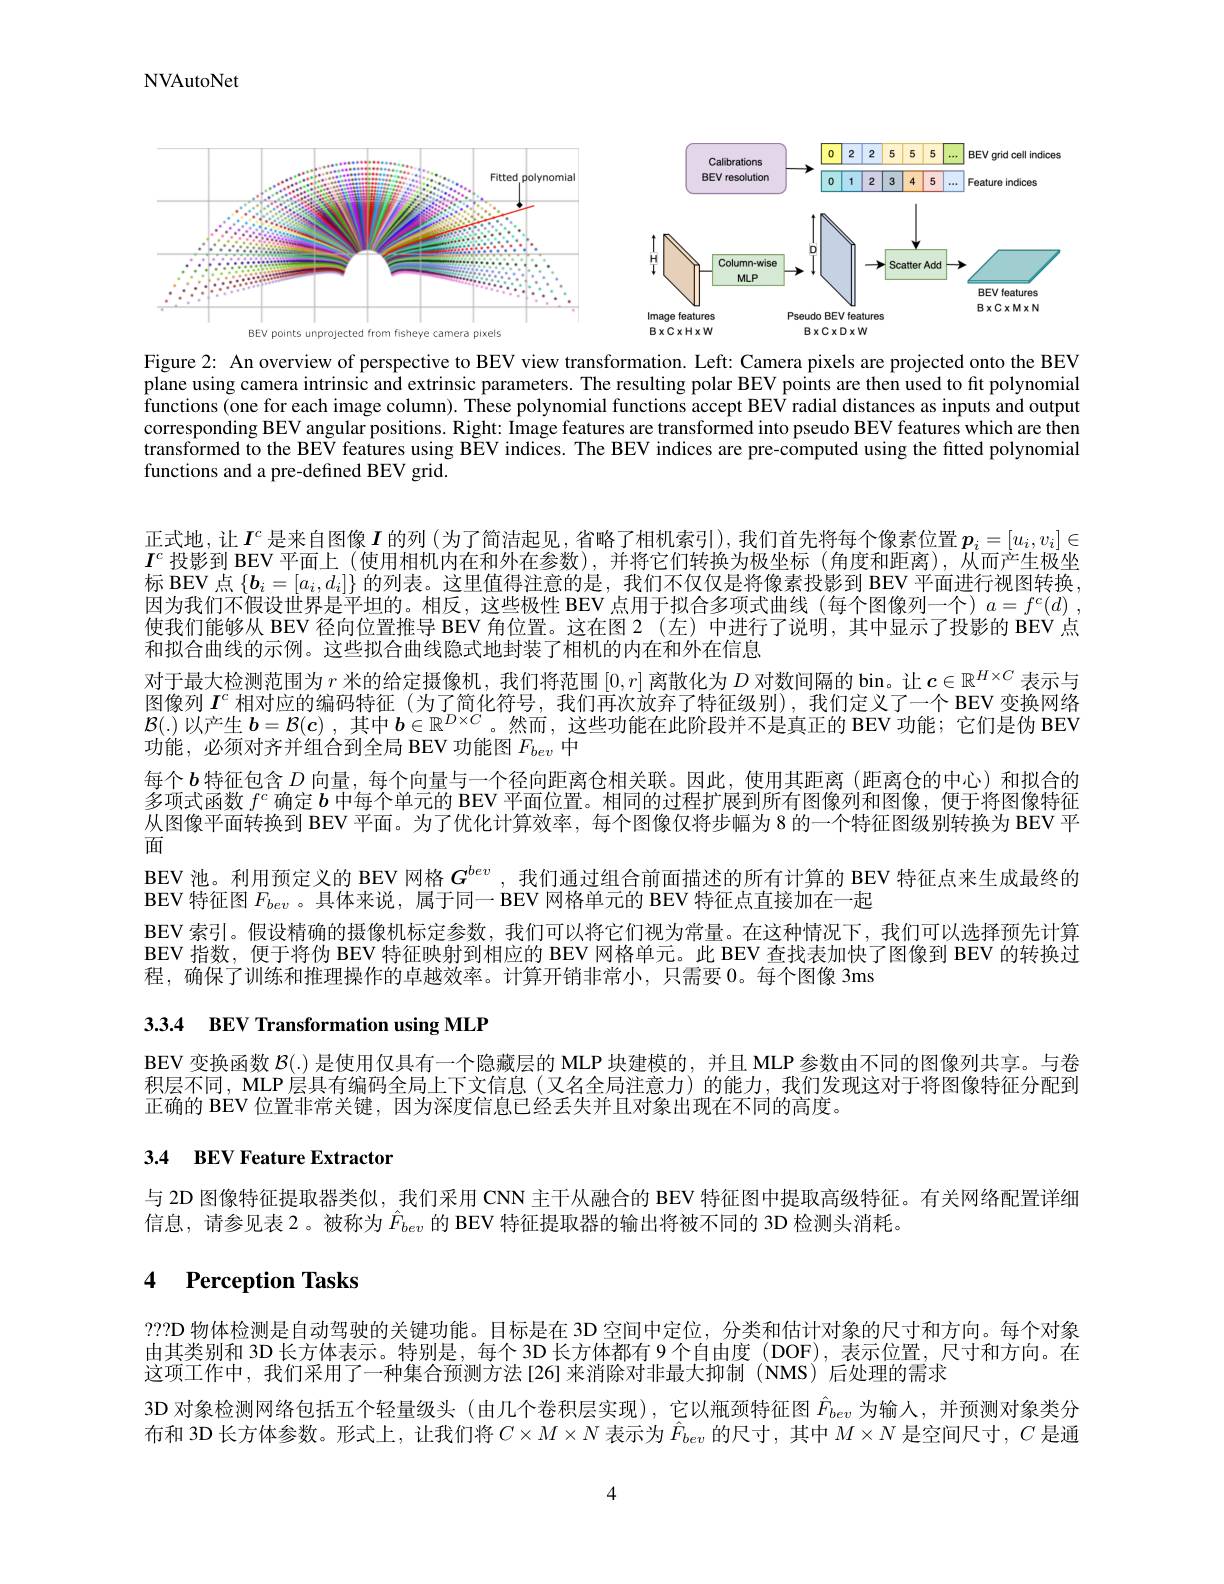
NVAutoNet

<FigureHere>

Figure 2: An overview of perspective to BEV view transformation. Left: Camera pixels are projected onto the BEV plane using camera intrinsic and extrinsic parameters. The resulting polar BEV points are then used to fit polynomial functions (one for each image column). These polynomial functions accept BEV radial distances as inputs and output corresponding BEV angular positions. Right: Image features are transformed into pseudo BEV features which are then transformed to the BEV features using BEV indices. The BEV indices are pre-computed using the fitted polynomial functions and a pre-defined BEV grid.

$\begin{array}{c}\text{正式地，让 }I^{c}\text{ 是来自图像 }I\text{ 的列 (为了简洁起见，省略了相机索引),我们首先将每个像素位置}\boldsymbol{p}_{i}=[u_{i},v_{i}]\in\\I^{c}\text{投影到 BEV 平面上 (使用相机内在和外在参数),并将它们转换为极坐标 }(\text{角度和距离),从而产生极坐}\end{array}$ 标 BEV 点$\{\boldsymbol{b}_i=[a_i,d_i]\}$的列表。这里值得注意的是，我们不仅仅是将像素投影到 BEV 平面进行视图转换， 因为我们不假设世界是平坦的。相反，这些极性 BEV 点用于拟合多项式曲线 (每个图像列一个) $a=f^c(d)$ , 使我们能够从 BEV 径向位置推导 BEV 角位置。这在图 2(左)中进行了说明，其中显示了投影的 BEV 点和拟合曲线的示例。这些拟合曲线隐式地封装了相机的内在和外在信息
对于最大检测范围为$r$米的给定摄像机，我们将范围$[0,r]$离散化为$D$对数间隔的 bin。让$c\in\mathbb{R}^H\times C$表示与图像列$I^\mathrm{c}$相对应的编码特征(为了简化符号，我们再次放弃了特征级别),我们定义了一个 BEV 变换网络$\mathcal{B}(.)$以产生$\boldsymbol{b}=\mathcal{B}(\boldsymbol{c})$ ,其中$\boldsymbol{b}\in\mathbb{R}^D\times C$。然而，这些功能在此阶段并不是真正的 BEV 功能；它们是伪 BEV 功能，必须对齐并组合到全局 BEV 功能图$F_{bev}$中
每个$\boldsymbol{b}$特征包含$D$向量，每个向量与一个径向距离仓相关联。因此，使用其距离(距离仓的中心)和拟合的多项式函数$f^c$确定$b$中每个单元的 BEV 平面位置。相同的过程扩展到所有图像列和图像，便于将图像特征从图像平面转换到 BEV 平面。为了优化计算效率，每个图像仅将步幅为 8 的一个特征图级别转换为 BEV 平面
BEV 池。利用预定义的 BEV 网格$G^{bev}$,我们通过组合前面描述的所有计算的 BEV 特征点来生成最终的
BEV 特征图$F_{bev}$ 。具体来说，属于同一 BEV 网格单元的 BEV 特征点直接加在一起
BEV 索引。假设精确的摄像机标定参数，我们可以将它们视为常量。在这种情况下，我们可以选择预先计算BEV 指数，便于将伪 BEV 特征映射到相应的 BEV 网格单元。此 BEV 查找表加快了图像到 BEV 的转换过程，确保了训练和推理操作的卓越效率。计算开销非常小，只需要 0。每个图像 3ms

# 3.3.4 BEV Transformation using MLP

BEV 变换函数$\mathcal{B}(.)$是使用仅具有一个隐藏层的 MLP 块建模的，并且 MLP参数由不同的图像列共享。与卷积层不同，MLP 层具有编码全局上下文信息(又名全局注意力) 的能力，我们发现这对于将图像特征分配到正确的 BEV 位置非常关键，因为深度信息已经丢失并且对象出现在不同的高度。

## 3.4 BEV Feature Extractor

与 2D 图像特征提取器类似，我们采用 CNN 主干从融合的 BEV 特征图中提取高级特征。有关网络配置详细
信息，请参见表 2。被称为$\hat{F}_{bev}$的 BEV 特征提取器的输出将被不同的 3D 检测头消耗。

# 4 Perception Tasks

$???\mathbf{D}$物体检测是自动驾驶的关键功能。目标是在 3D 空间中定位，分类和估计对象的尺寸和方向。每个对象由其类别和 3D 长方体表示。特别是，每个 3D 长方体都有 9 个自由度 (DOF), 表示位置，尺寸和方向。在这项工作中，我们采用了一种集合预测方法[26]来消除对非最大抑制(NMS)后处理的需求
3D 对象检测网络包括五个轻量级头 (由几个卷积层实现),它以瓶颈特征图$\hat{F}_{bev}$为输人，并预测对象类分布和 3D 长方体参数。形式上，让我们将$C\times M\times N$表示为$\hat{F}_{bev}$的尺寸，其中$M\times N$是空间尺寸，$C$是通

4